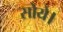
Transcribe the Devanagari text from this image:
सोये।